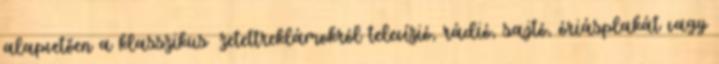
alapvetően a klasszikus ﬁzetettreklámokról televízió, rádió, sajtó, óriásplakát vagy